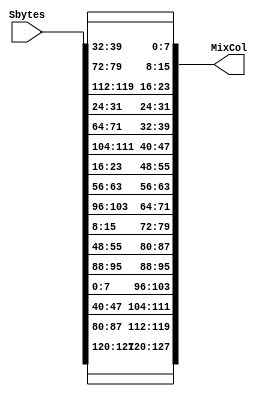
`timescale 1ns / 1ps
//////////////////////////////////////////////////////////////////////////////////
// Company: 
// Engineer: 
// 
// Design Name: 
// Module Name: Shift_Row
// Project Name: 
// Target Devices: 
// Tool Versions: 
// Description: 
// 
// Dependencies: 
// 
// Revision:
// Revision 0.01 - File Created
// Additional Comments:
// 
//////////////////////////////////////////////////////////////////////////////////


module Shift_Row(
    
    input [127:0] Sbytes,
    output  [127:0] MixCol
    );
    
     
    
    assign {MixCol[127:120] , MixCol[95:88] , MixCol[63:56] , MixCol[31:24]} = {Sbytes[127:120],Sbytes[95:88],Sbytes[63:56],Sbytes[31:24]};  
    assign {MixCol[119:112] , MixCol[87:80] , MixCol[55:48] , MixCol[23:16]} = {Sbytes[87:80],Sbytes[55:48],Sbytes[23:16],Sbytes[119:112]};  
    assign {MixCol[111:104] , MixCol[79:72] , MixCol[47:40] , MixCol[15:8] }  = {Sbytes[47:40],Sbytes[15:8],Sbytes[111:104],Sbytes[79:72]};  
    assign {MixCol[103:96]  , MixCol[71:64] , MixCol[39:32] , MixCol[7:0]  }   = {Sbytes[7:0] ,Sbytes[103:96],Sbytes[71:64],Sbytes[39:32]};
    
    
    
    
    
    
    
    
    
    
    
    
    
endmodule